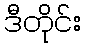
ဒီတိုင်း